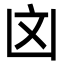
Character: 㓙